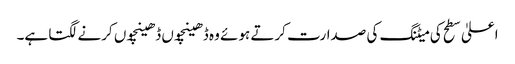
اعلیٰ سطح کی میٹنگ کی صدارت کرتے ہوئے وہ ڈھینچوں ڈھینچوں کرنے لگتا ہے۔